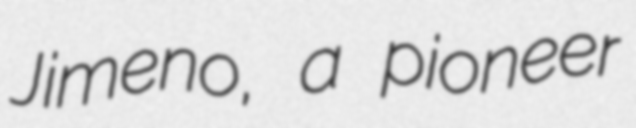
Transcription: Jimeno, a pioneer